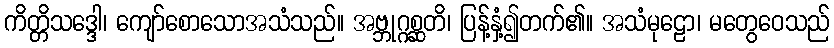
ကိတ္တိသဒ္ဒေါ၊ ကျော်စောသောအသံသည်။ အဗ္ဘုဂ္ဂစ္ဆတိ၊ ပြန့်နှံ့၍တက်၏။ အသံမုဠော၊ မတွေဝေသည်